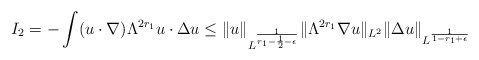
\begin{align*}I_{2} = -\int (u\cdot\nabla) \Lambda^{2r_{1}} u \cdot \Delta u\leq \lVert u\rVert_{L^{\frac{1}{r_{1} - \frac{1}{2} - \epsilon}}}\lVert \Lambda^{2r_{1}} \nabla u\rVert_{L^{2}} \lVert \Delta u\rVert_{L^{\frac{1}{1-r_{1} + \epsilon}}}\end{align*}